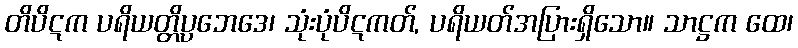
တိပိဋက ပရိယတ္တိပ္ပဘေဒေ၊ သုံးပုံပိဋကတ်, ပရိယတ်အပြားရှိသော။ သာဋ္ဌက ထေ၊